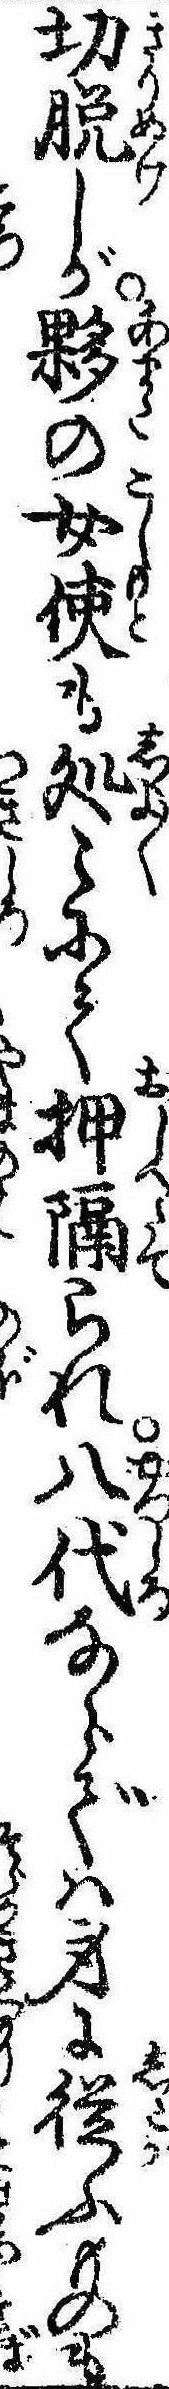
切脱しが夥の女使も処〻にて押隔られ八代ならでは身に従ふものも